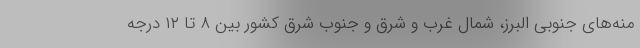
منه‌های جنوبی البرز، شمال غرب و شرق و جنوب شرق کشور بین ۸ تا ۱۲ درجه